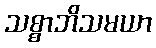
သစ္စာဘိသမယာ